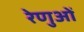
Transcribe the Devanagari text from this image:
रेणुओं